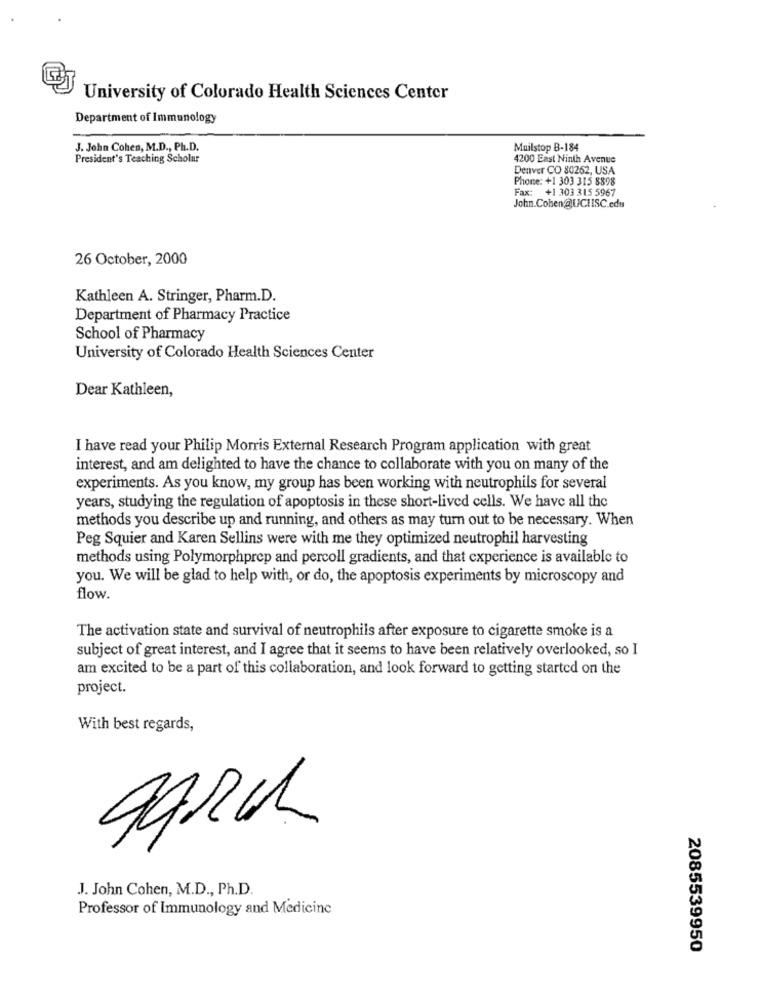
University of Colorado Health Sciences Center
Department of Immunology
J. John Cohen, M.D ., Ph.D.
Muilstop B-184
President's Teaching Scholar
4200 East Ninth Avenue
Denver CO 80262, USA
Phone: +1 303 315 8898
Fax: +1 303 315 5967
John.Cohen@UCHISC.edu
26 October, 2000
Kathleen A. Stringer, Pharm.D.
Department of Pharmacy Practice
School of Pharmacy
University of Colorado Health Sciences Center
Dear Kathleen,
I have read your Philip Morris External Research Program application with great
interest, and am delighted to have the chance to collaborate with you on many of the
experiments. As you know, my group has been working with neutrophils for several
years, studying the regulation of apoptosis in these short-lived cells. We have all the
methods you describe up and running, and others as may turn out to be necessary. When
Peg Squier and Karen Sellins were with me they optimized neutrophil harvesting
methods using Polymorphprep and percoll gradients, and that experience is available to
you. We will be glad to help with, or do, the apoptosis experiments by microscopy and
flow.
The activation state and survival of neutrophils after exposure to cigarette smoke is a
subject of great interest, and I agree that it seems to have been relatively overlooked, so I
am excited to be a part of this collaboration, and look forward to getting started on the
project.
With best regards,
J. John Cohen, M.D ., Ph.D.
Professor of Immunology and Medicine
2085539950